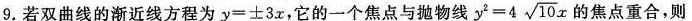
9.若双曲线的渐近线方程为$$y = ± 3 x$$，它的一个焦点与抛物线 $$y ^ { 2 } = 4 \sqrt { 1 0 }x$$ 的焦点重合，则